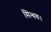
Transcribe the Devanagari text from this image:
सिन्धवः।